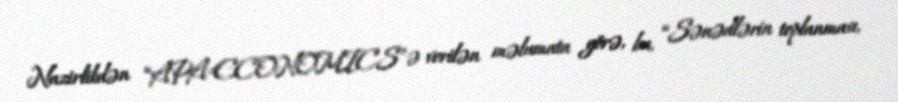
Nazirlikdən “APA-ECONOMICS”ə verilən məlumata görə, bu, “Sənədlərin toplanması,